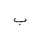
Letter: _ba